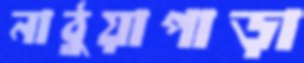
নাঠুয়াপাড়া